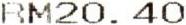
RM20.40